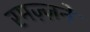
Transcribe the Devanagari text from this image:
रमज़्ज़ने